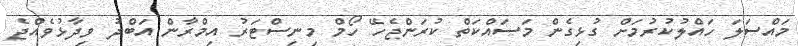
މައްސަލަ ހައްލުކުރުމަށް ގުޅިގެން މަސައްކަތް ކުރަންޖެހޭ ހޯމް މިނިސްޓަރު އިމްރާން އަބްދު ވިދާޅުވެއްޖެ